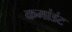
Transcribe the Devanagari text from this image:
कमांडंट